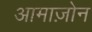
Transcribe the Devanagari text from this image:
आमाज़ोन